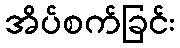
အိပ်စက်ခြင်း